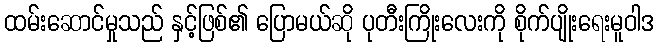
ထမ်းဆောင်မှုသည် နှင့်ဖြစ်၏ ပြောမယ်ဆို ပုတီးကြိုးလေးကို စိုက်ပျိုးရေးမူဝါဒ